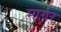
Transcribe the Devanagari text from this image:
मार्गर